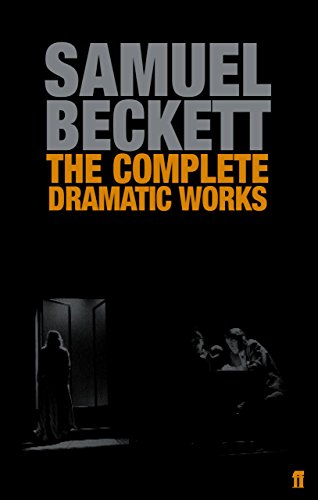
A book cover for The Complete Dramatic Works of Samuel Beckett; Samuel Beckett; Humor & Entertainment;